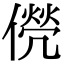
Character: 㒌